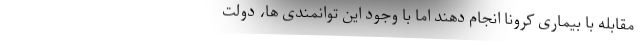
مقابله با بیماری کرونا انجام دهند اما با وجود این توانمندی ها، دولت